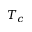
T _ { c }